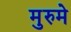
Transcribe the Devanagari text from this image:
मुरुमे